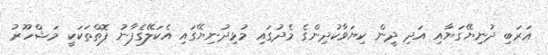
ޢަރަބި ދުނިޔޭގަޔާއި އަދި ދީން ކިޔަވާކުދިންގެ މެދުގައި މުޅިދުނިޔޭގައި އެކަލޭގެފާނު ފޮތްތަކަކީ މަޝްހޫރު